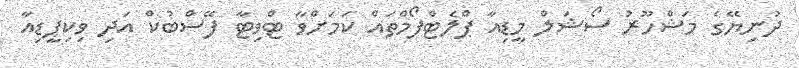
ދުނިޔޭގެ މަޝްހޫރު ސޯޝަލް މީޑިއާ ޕްލެޓްފޯމްތައް ކަމަށްވާ ޓްވިޓާ ފޭސްބުކް އަދި ވިކިޕީޑިއާ